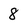
Character: 8